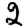
Digit: 2